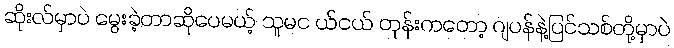
ဆိုးလ်မှာပဲ မွေးခဲ့တာဆိုပေမယ့် သူမင ယ်ငယ် တုန်းကတော့ ဂျပန်နဲ့ပြင်သစ်တို့မှာပဲ